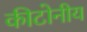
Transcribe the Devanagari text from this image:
कीटोनीय